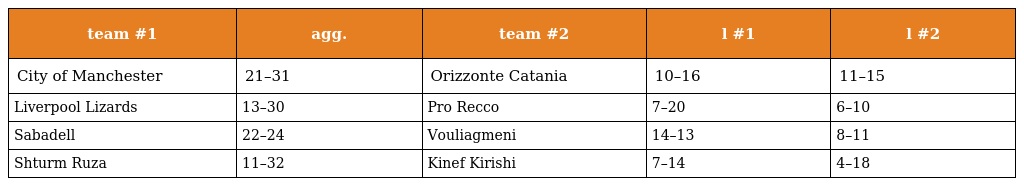
| team #1 | agg. | team #2 | l #1 | l #2 |
 | --- | --- | --- | --- | --- |
 | City of Manchester | 21–31 | Orizzonte Catania | 10–16 | 11–15 |
 | Liverpool Lizards | 13–30 | Pro Recco | 7–20 | 6–10 |
 | Sabadell | 22–24 | Vouliagmeni | 14–13 | 8–11 |
 | Shturm Ruza | 11–32 | Kinef Kirishi | 7–14 | 4–18 |